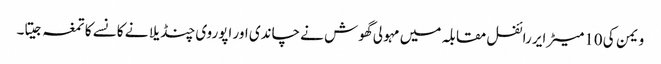
ویمن کی 10میٹر ایر رائفل مقابلہ میں مہولی گھوش نے چاندی اور اپوروی چنڈیلا نے کانسے کا تمغہ جیتا۔